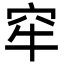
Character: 窂